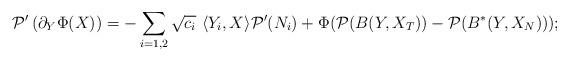
LaTeX: \begin{align*}\mathcal{P}'\left(\partial_Y\Phi(X)\right)=-\sum_{i=1,2}\sqrt{c_i}\ \langle Y_i,X\rangle \mathcal{P}'(N_i)+\Phi(\mathcal{P}(B(Y,X_T))-\mathcal{P}(B^*(Y,X_N)));\end{align*}